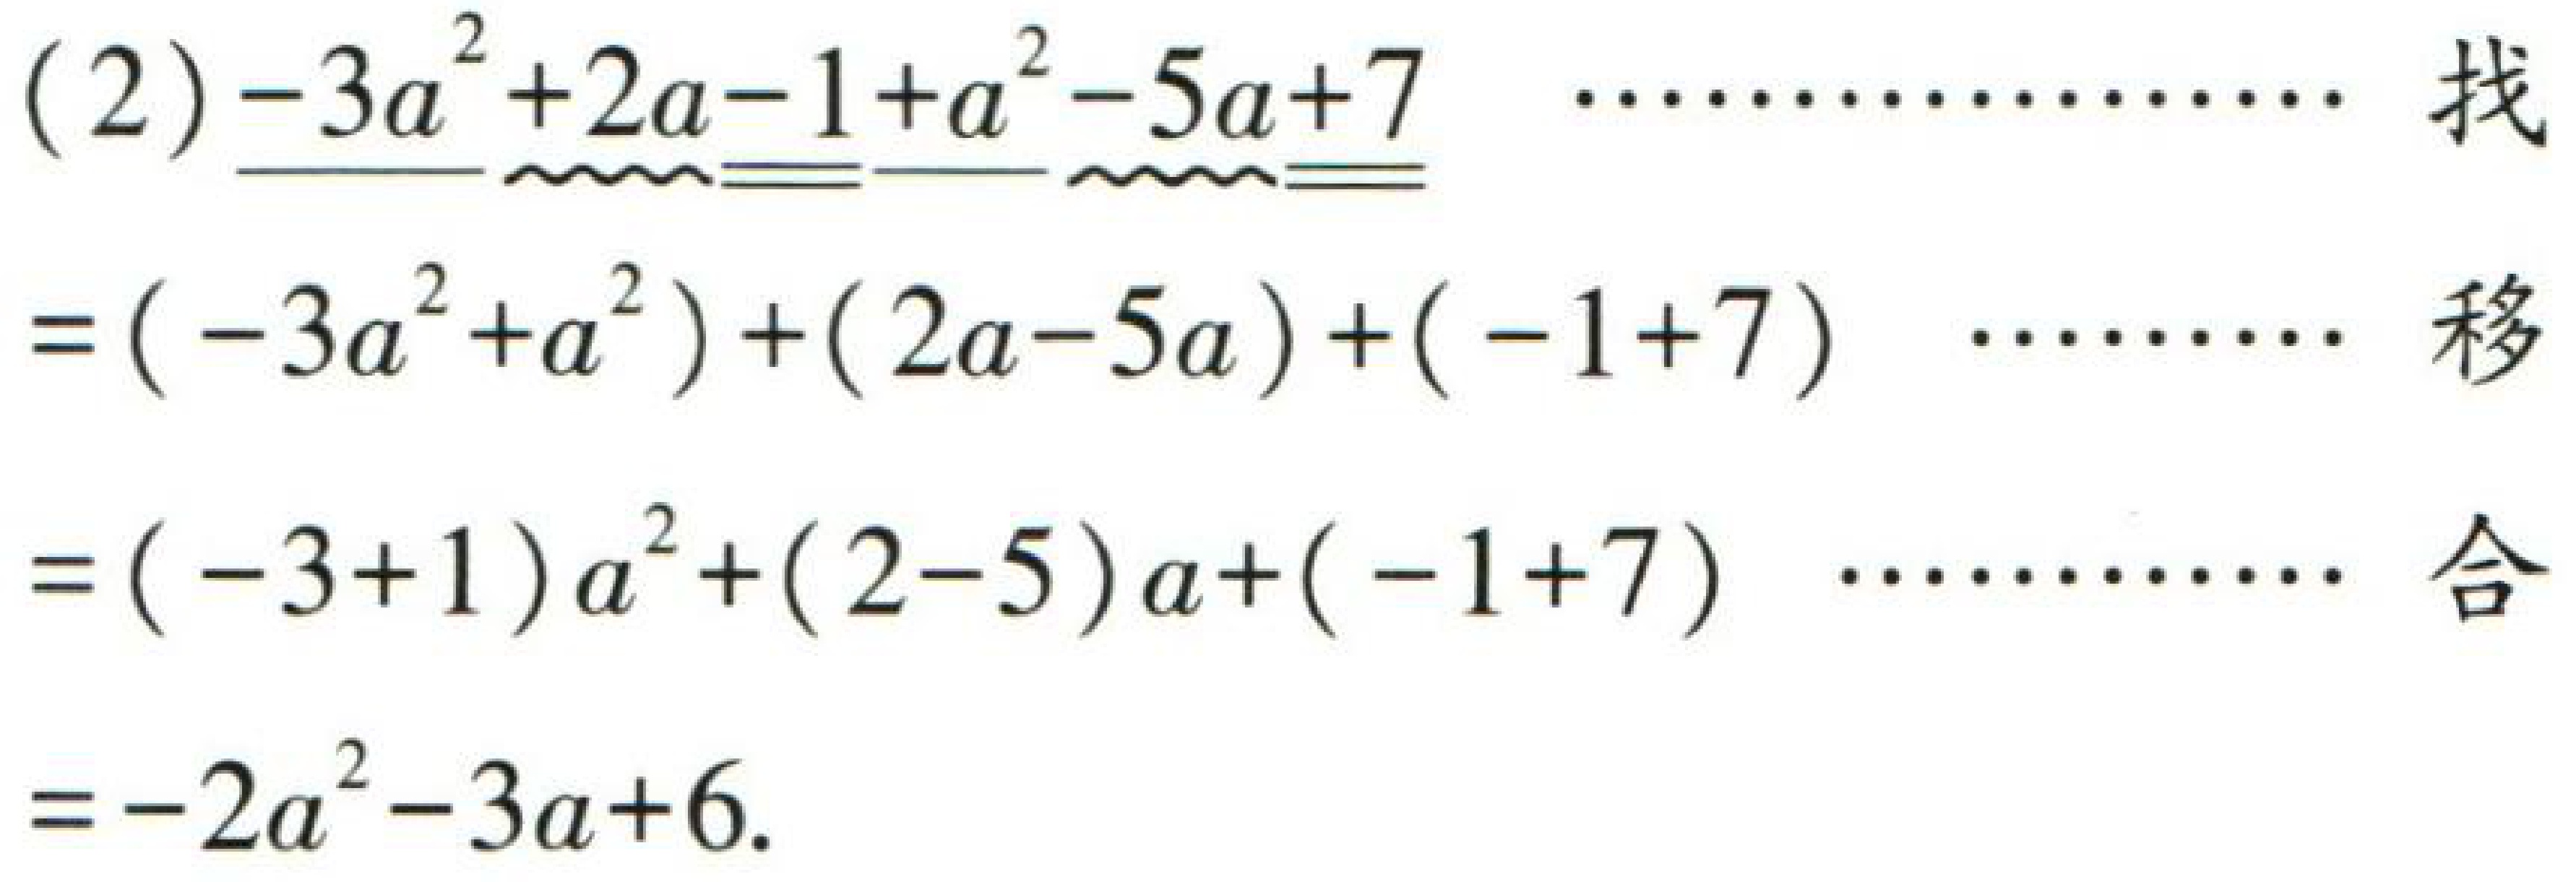
(2)$-3a^{2}+2a - 1+a^{2}-5a + 7$

$=(-3a^{2}+a^{2})+(2a - 5a)+(-1 + 7)$

$=(-3 + 1)a^{2}+(2 - 5)a+(-1 + 7)$

$=-2a^{2}-3a + 6$